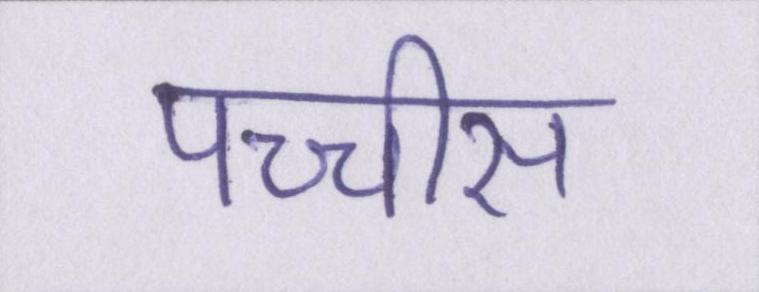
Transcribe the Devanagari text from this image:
पच्चीस